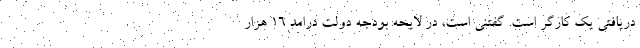
دریافتی یک کارگر است. گفتنی است، در لایحه بودجه دولت درامد 16 هزار